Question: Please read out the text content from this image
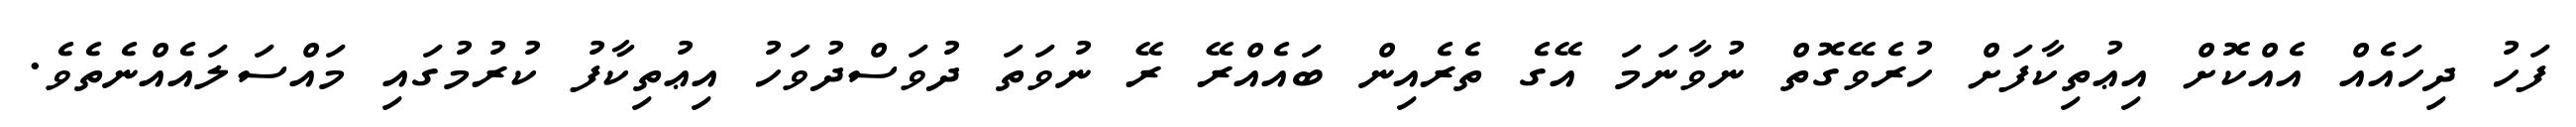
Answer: ފަހު ދިހައެއް އެއްކޮށް އިޢުތިކާފަށް ހުރެވޭގޮތް ނުވާނަމަ އޭގެ ތެރެއިން ބައެއްރޭ ރޭ ނުވަތަ ދުވަސްދުވަހު އިޢުތިކާފު ކުރުމުގައި މައްސަލައެއްނެތެވެ.